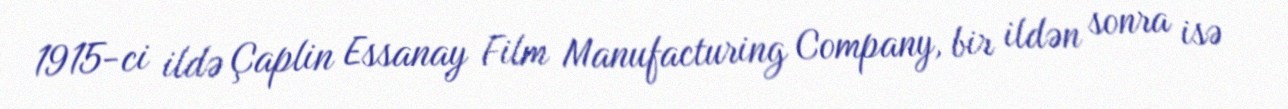
1915-ci ildə Çaplin Essanay Film Manufacturing Company, bir ildən sonra isə